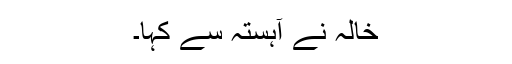
خالہ نے آہستہ سے کہا۔